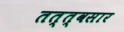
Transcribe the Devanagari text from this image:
तत्त्वसार